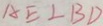
A E \bot B D